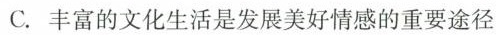
C.丰富的文化生活是发展美好情感的重要途径